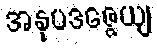
အနုပဒဇ္ဇေယျ